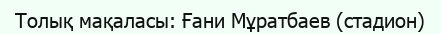
Толық мақаласы: Ғани Мұратбаев (стадион)